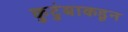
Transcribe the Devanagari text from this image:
कुटुंबाकडून